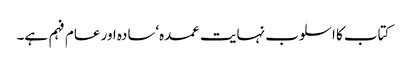
کتاب کا اسلوب نہایت عمدہ‘سادہ اور عام فہم ہے۔